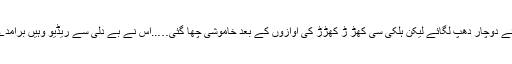
مہرو نے ریڈیو بند کرنے کے بعد چلانے کی کوشش کی…..بٹن گھمائے دوچار دھپ لگائے لیکن ہلکی سی کھڑ ڑ کھڑڑ کی آوازوں کے بعد خاموشی چھا گئی…..اس نے بے دلی سے ریڈیو وہیں برآمدے کے تخت پہ چھوڑا اور باورچی خانے میں آ کر لکڑیاں سلگانے لگی۔